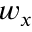
w _ { x }